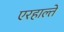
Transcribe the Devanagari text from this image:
एरहाल्ते